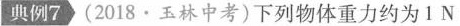
典例7》(2018·玉林中考)下列物体重力约为1N